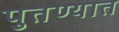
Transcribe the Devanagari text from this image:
पुतण्यात